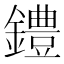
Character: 𫓐